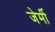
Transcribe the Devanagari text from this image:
जेर्मी